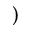
)